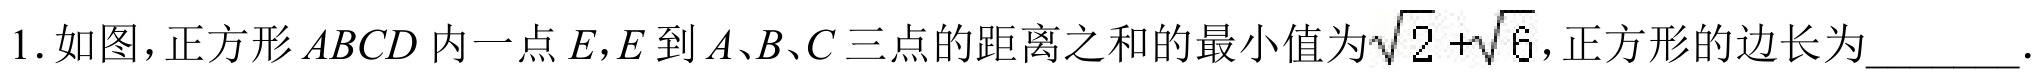
1. 如图，正方形\(ABCD\)内一点\(E\)，\(E\)到\(A\)、\(B\)、\(C\)三点的距离之和的最小值为\(\sqrt{2}+\sqrt{6}\)，正方形的边长为________.